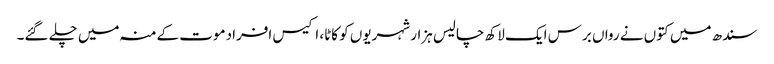
سندھ میں کتوں نے رواں برس ایک لاکھ چالیس ہزار شہریوں کو کاٹا، اکیس افرادموت کےمنہ میں چلے گئے۔